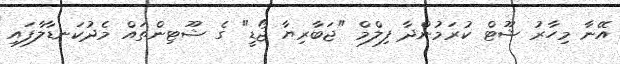
އޭނާ މިހާރު ޝޫޓް ކުރަމުންދާ ފިލްމް "ޖަބާރިޔާ ޖޯޑީ" ގެ ޝޫޓިންތައް މެދުކަނޑާލާފައި